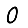
Digit: 0